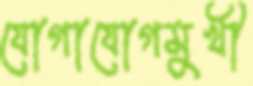
যোগাযোগমুখী